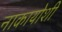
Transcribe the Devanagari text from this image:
नाकायोशी